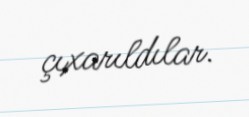
çıxarıldılar.